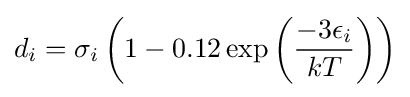
d_{i}=\sigma _{i}\left(1-0.12\exp {\left({\frac {-3\epsilon _{i}}{kT}}\right)}\right)